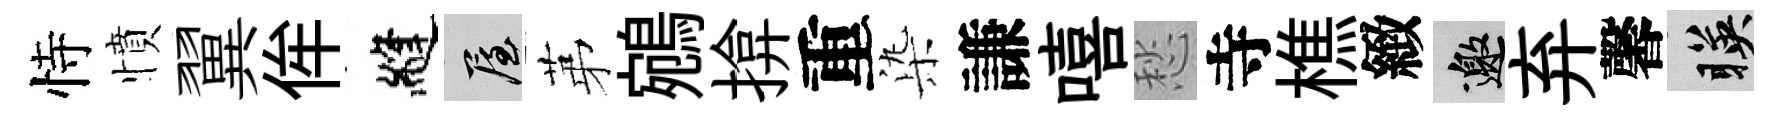
恃憤翼侔縫屋苐鵷揜重𣑱謙嘻愁寺樵緻邀弃馨暎